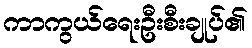
ကာကွယ်ရေးဦးစီးချုပ်၏